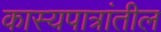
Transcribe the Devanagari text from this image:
कास्यपात्रांतील